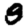
Digit: 8